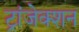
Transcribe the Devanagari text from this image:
ट्रांजेक्‍शन